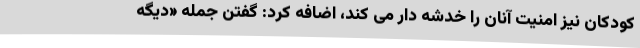
کودکان نیز امنیت آنان را خدشه دار می کند، اضافه کرد: گفتن جمله «دیگه